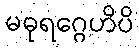
မဓုရဂ္ဂေဟိပိ